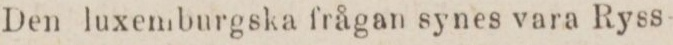
Den luxemburgska frågan synes vara Ryss-